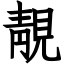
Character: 靚